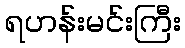
ရဟန်းမင်းကြီး